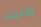
طلبت